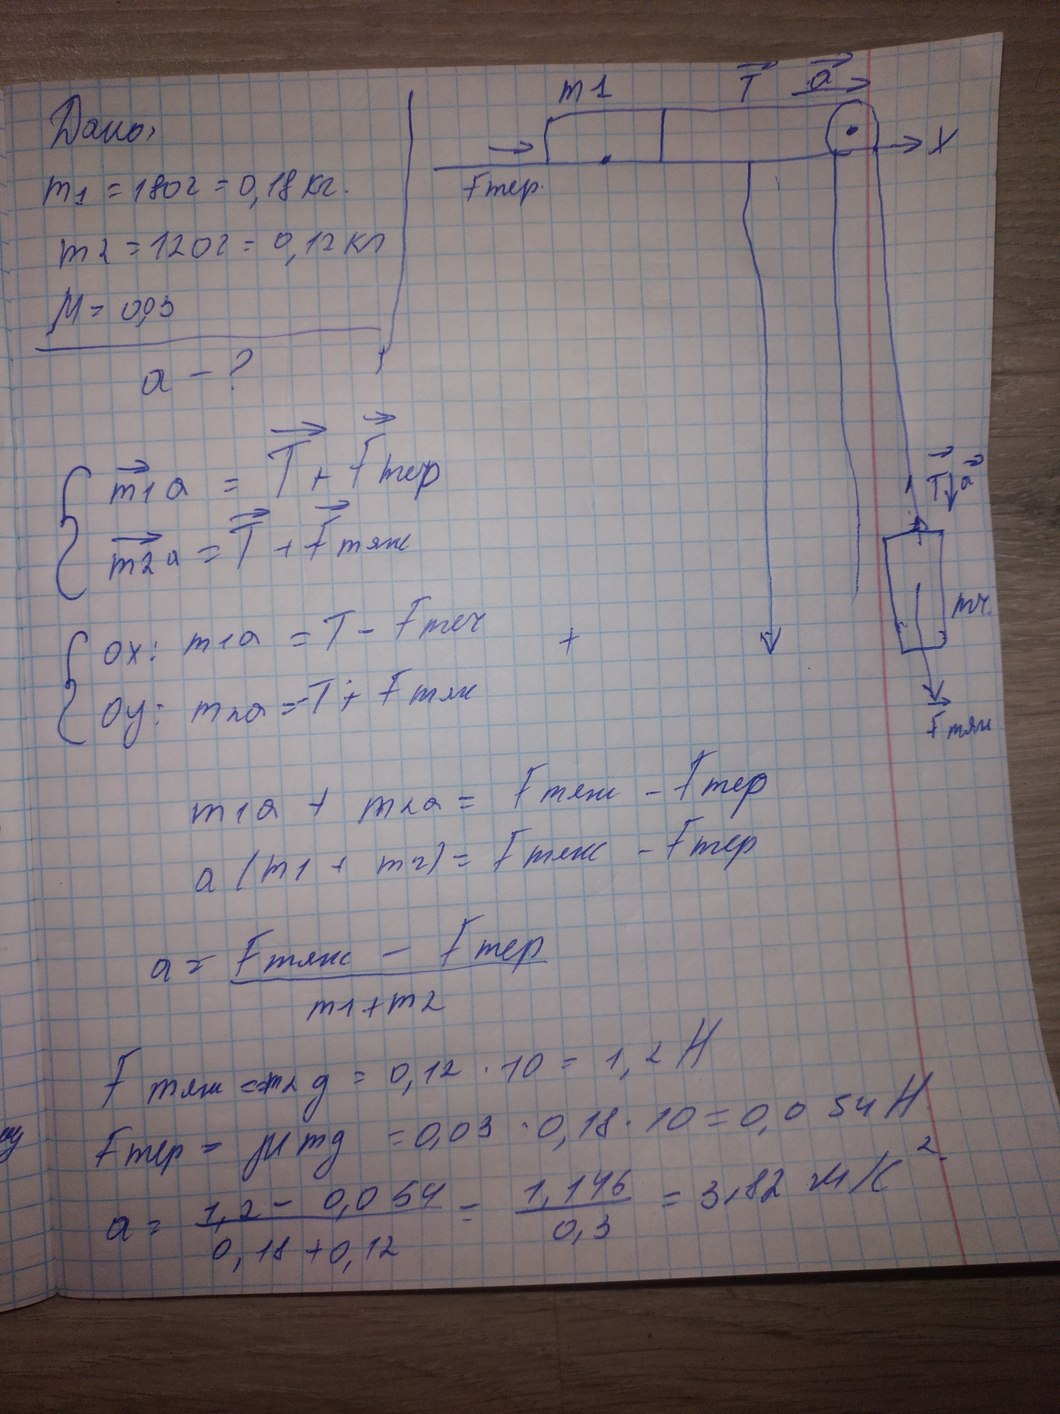
Daniel
m1 = 200г = 0,2кг
m = 120 г = 0,12 кг
W = 200 g
a - ?
{ →m_1a = →T + →F тер
{ →m_2a = →T + →F тяж
ox : m_1a = T - F теч
oy : m_2a = T + F тяж
m_1a + m_2a = F_тяж - F_тер
a(m_1 + m_2) = F_тяж - F_тер
a = F_тяж - F_тер
m_1 + m_2
F_тяж = φλg = 0,12 * 10 = 1,2H
F_тер = μmg = 0,03 * 0,18 * 10 = 0,054H
a = \frac{1,2 - 0,054}{0,18 + 0,12} = \frac{1,146}{0,3} = 3,12мH^2